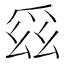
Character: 𭶯